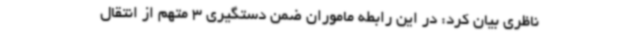
ناظری بیان کرد: در این رابطه ماموران ضمن دستگیری 3 متهم از انتقال